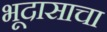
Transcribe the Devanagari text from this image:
भूदासाचा